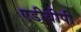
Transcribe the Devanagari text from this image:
एडीबीपी